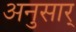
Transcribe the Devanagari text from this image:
अनुसार्